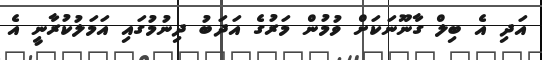
އަދި އެ ބިލް ގާނޫނަކަށް ވުމުން މަރުގެ އަދަބު ދިނުމުގައި އަމަލުކުރާނީ އެ